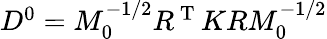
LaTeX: \begin{array}{r}{D^{0}=M_{0}^{-1/2}R^{\mathrm{~T~}}KRM_{0}^{-1/2}}\end{array}